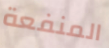
المنفعة